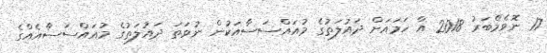
17 ނޮވެމްބަރު 2018 އާ ހަމައަށް ދައުލަތުގެ މުއައްސަސާއަކުން ނުވަތަ ދައުލަތުގެ މުއައްސަސާއެއްގެ